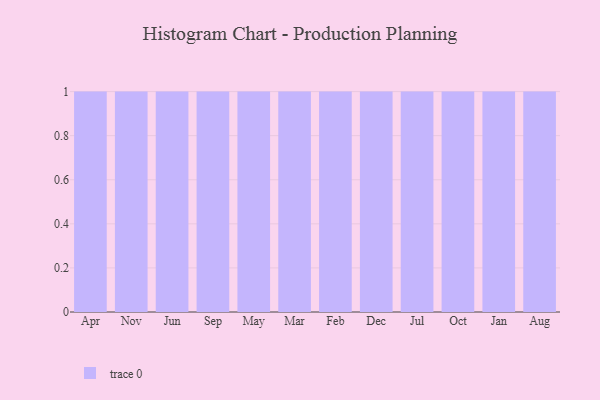
{"axis": {"x": "Month", "y": "Active Users"}, "legend": [""], "data": [{"x": "Apr", "y": 28, "type": ""}, {"x": "Nov", "y": 45, "type": ""}, {"x": "Jun", "y": 57, "type": ""}, {"x": "Sep", "y": 16, "type": ""}, {"x": "May", "y": 37, "type": ""}, {"x": "Mar", "y": 93, "type": ""}, {"x": "Feb", "y": 39, "type": ""}, {"x": "Dec", "y": 22, "type": ""}, {"x": "Jul", "y": 84, "type": ""}, {"x": "Oct", "y": 5, "type": ""}, {"x": "Jan", "y": 2, "type": ""}, {"x": "Aug", "y": 79, "type": ""}]}